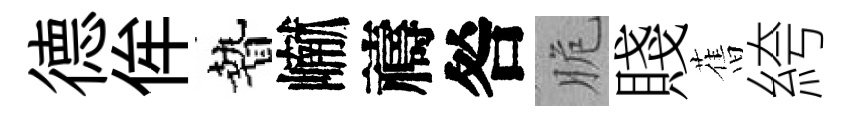
德侔贄𪩘禱咎脆賤𦾔絝